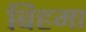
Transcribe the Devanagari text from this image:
बिहमा